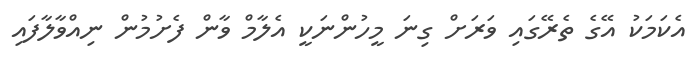
އެކަމަކު އޭގެ ތެރޭގައި ވަރަށް ގިނަ މީހުންނަކީ އެލާމް ވާން ފެށުމުން ނިއްވާލާފައި